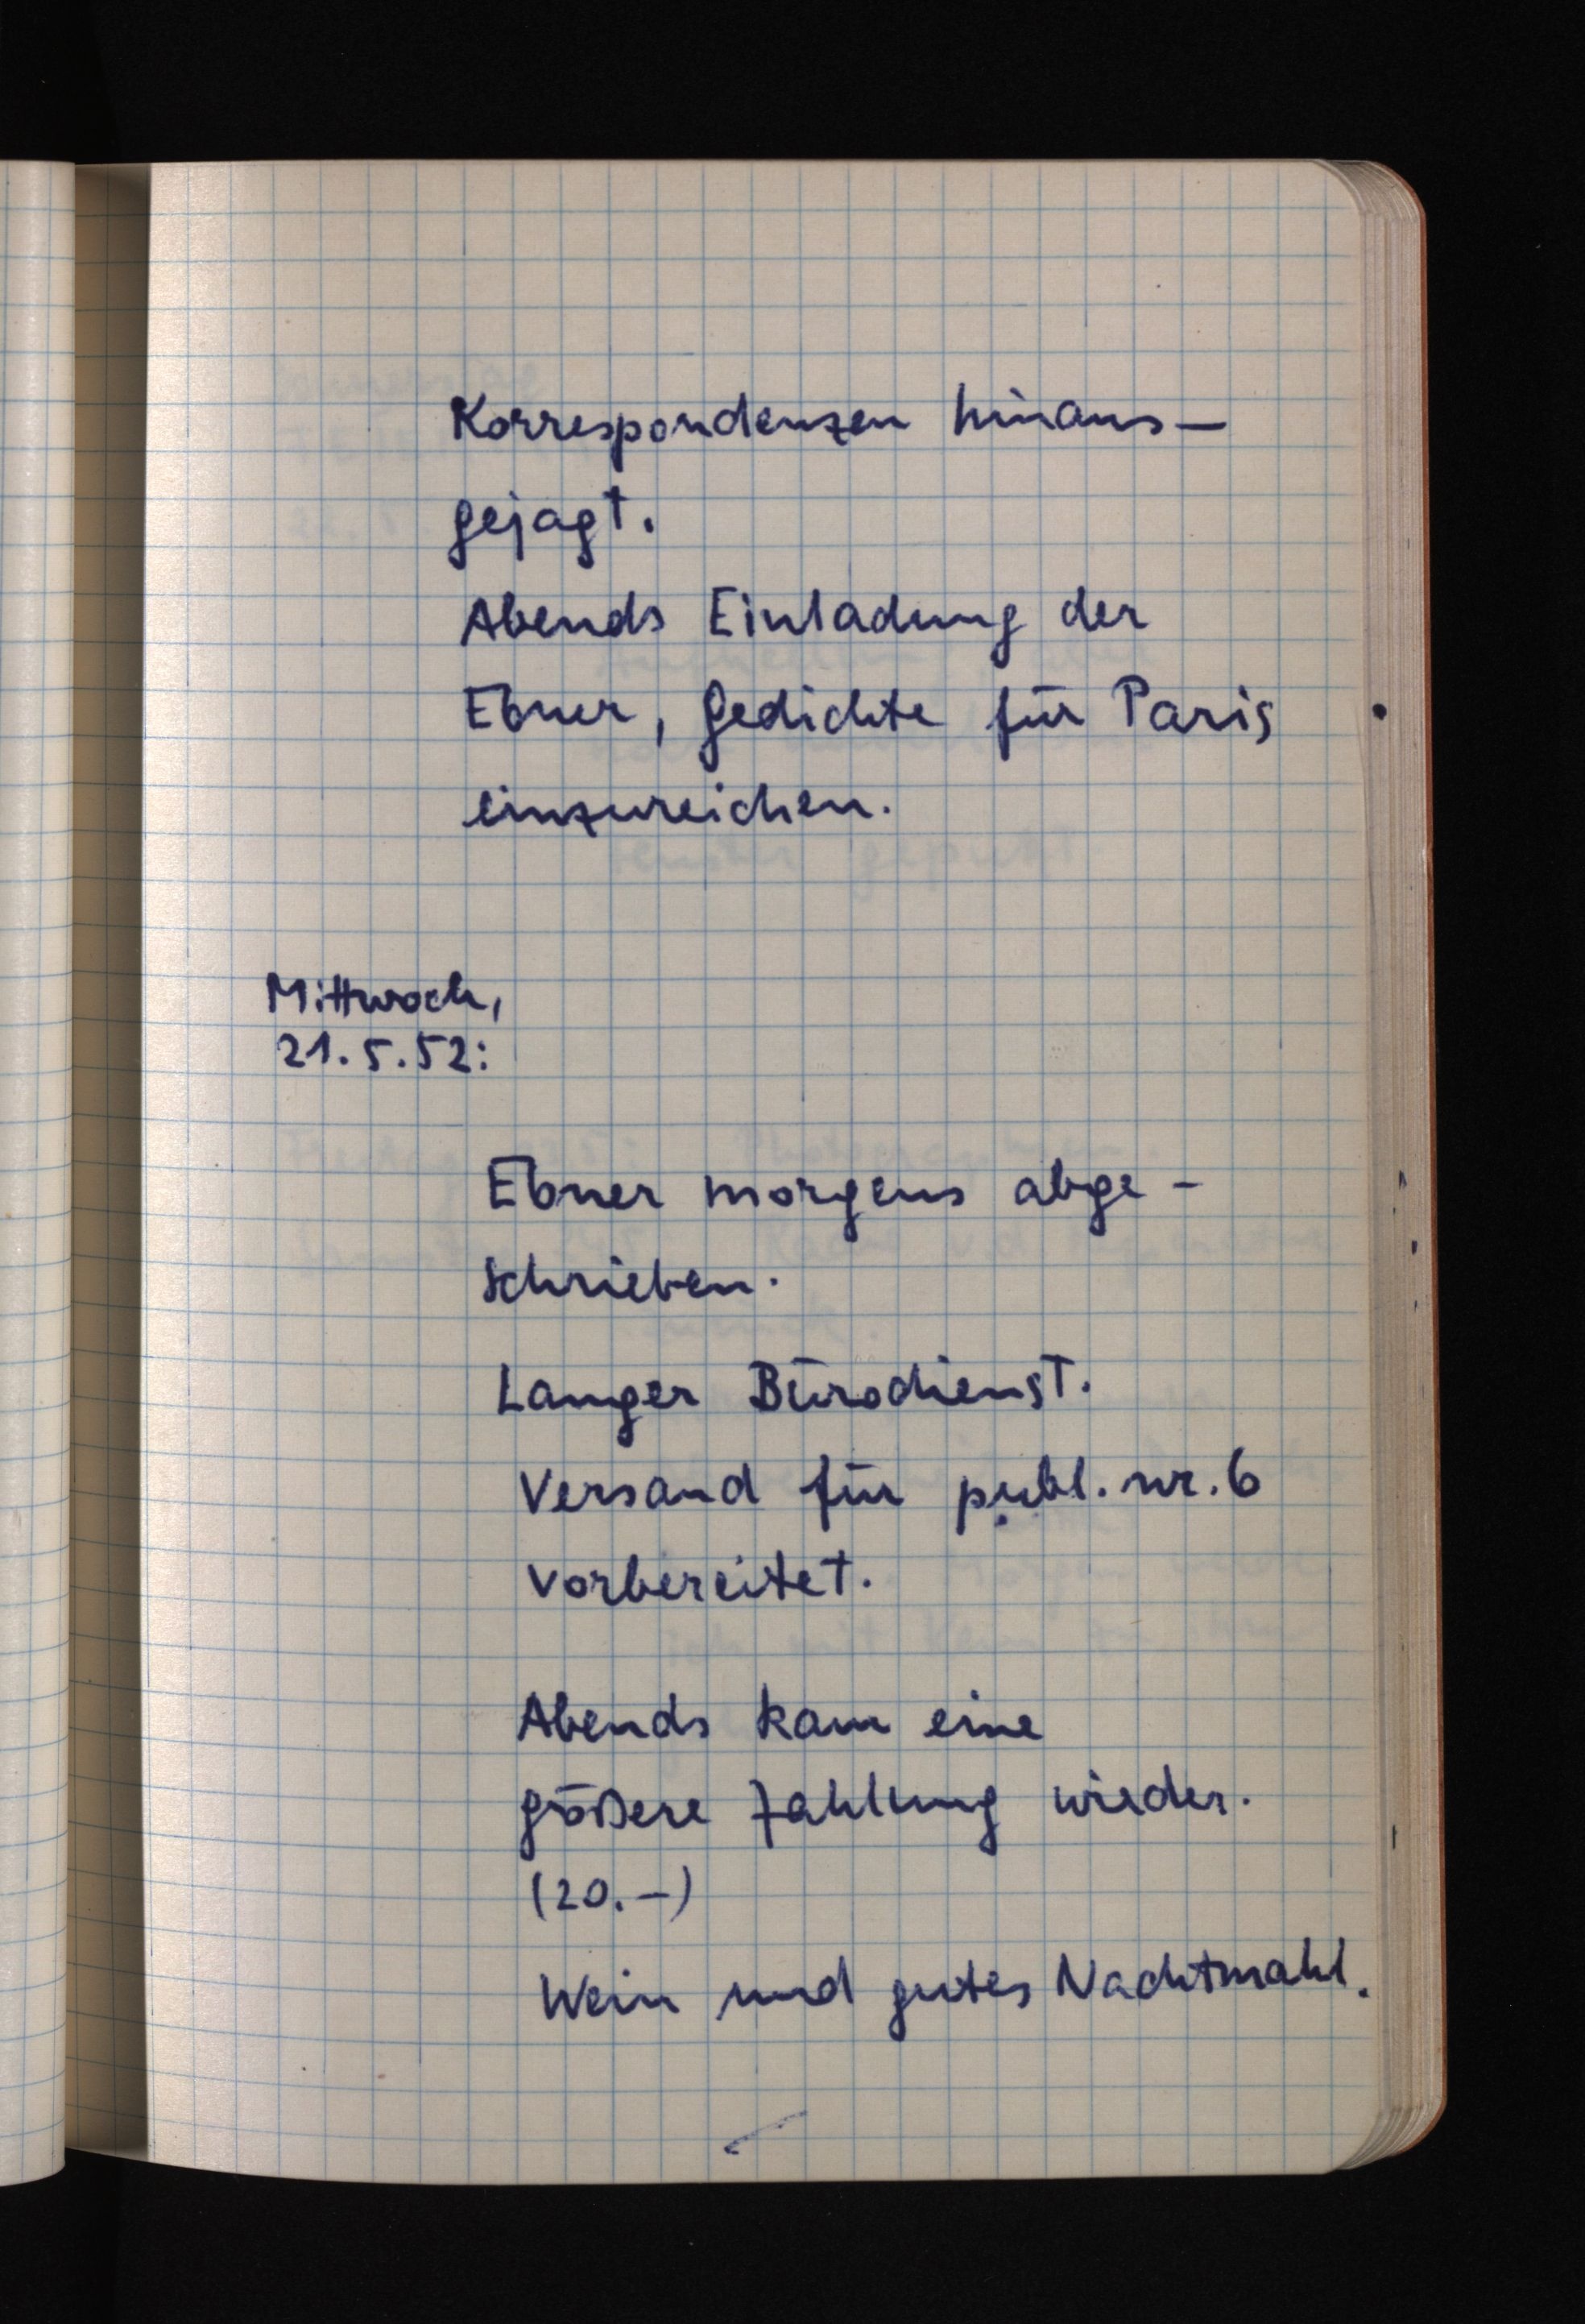
Korrespondenzen hinaus¬
gejagt.
Abends Einladung der
Ebner, Gedichte für Paris
einzureichen.
Mittwoch,
21.5.52:
Ebner morgens abge¬
schrieben.
Langer Bürodienst.
Versand für publ. nr. 6
vorbereitet.
Abends kam eine
größere Zahlung wieder.
(20.-)
Wein und gutes Nachtmahl.